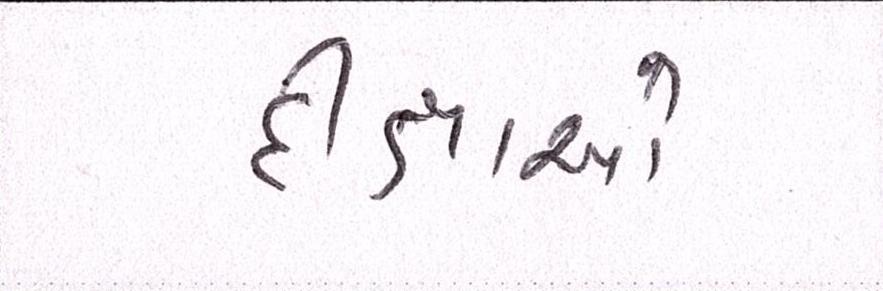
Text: દીક્ષાઓ